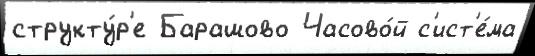
структу́р'е Барашово Часово́й с'ист'е́ма